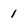
Character: I